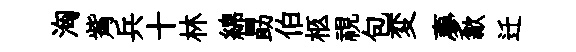
洶觜兵十林綿勗伯柩視包変夣歙迁